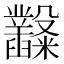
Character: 𥽿